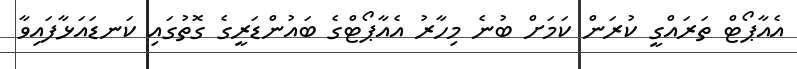
އެއާޕޯޓް ތަރައްގީ ކުރަން ކަމަށް ބުނެ މިހާރު އެއާޕޯޓްގެ ބައުންޑަރީގެ ގޮތުގައި ކަނޑައަޅާފައިވާ